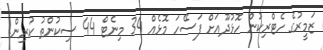
ޒަމީރުގެ ހެޓްރިކުން ހޮޅުދޫއަށް ފަސޭހަ މޮޅެއް 34 މިނެޓް 44 ސިކުންތު ކުރިން.